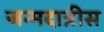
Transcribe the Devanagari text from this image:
जन्मदात्रीस